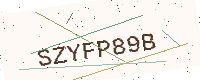
Text: SZYFP89B